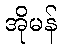
အိုမန်